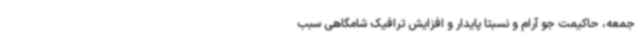
جمعه، حاکیمت جو آرام و نسبتاً پایدار و افزایش ترافیک شامگاهی سبب